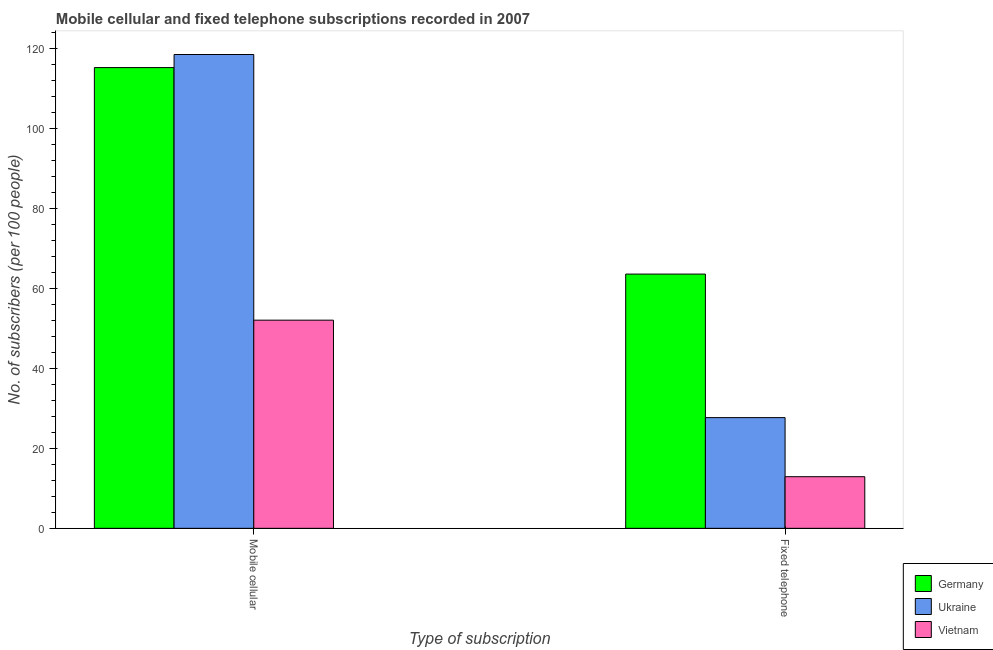
| Type of subscription | Germany | Ukraine | Vietnam |
 | --- | --- | --- | --- |
 | Mobile cellular | 115 | 118 | 52 |
 | Fixed telephone | 63.5 | 27.7 | 12.9 |